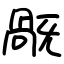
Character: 旤